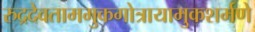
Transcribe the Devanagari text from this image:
रुद्रदेवताममुकगोत्रायामुकशर्मणे